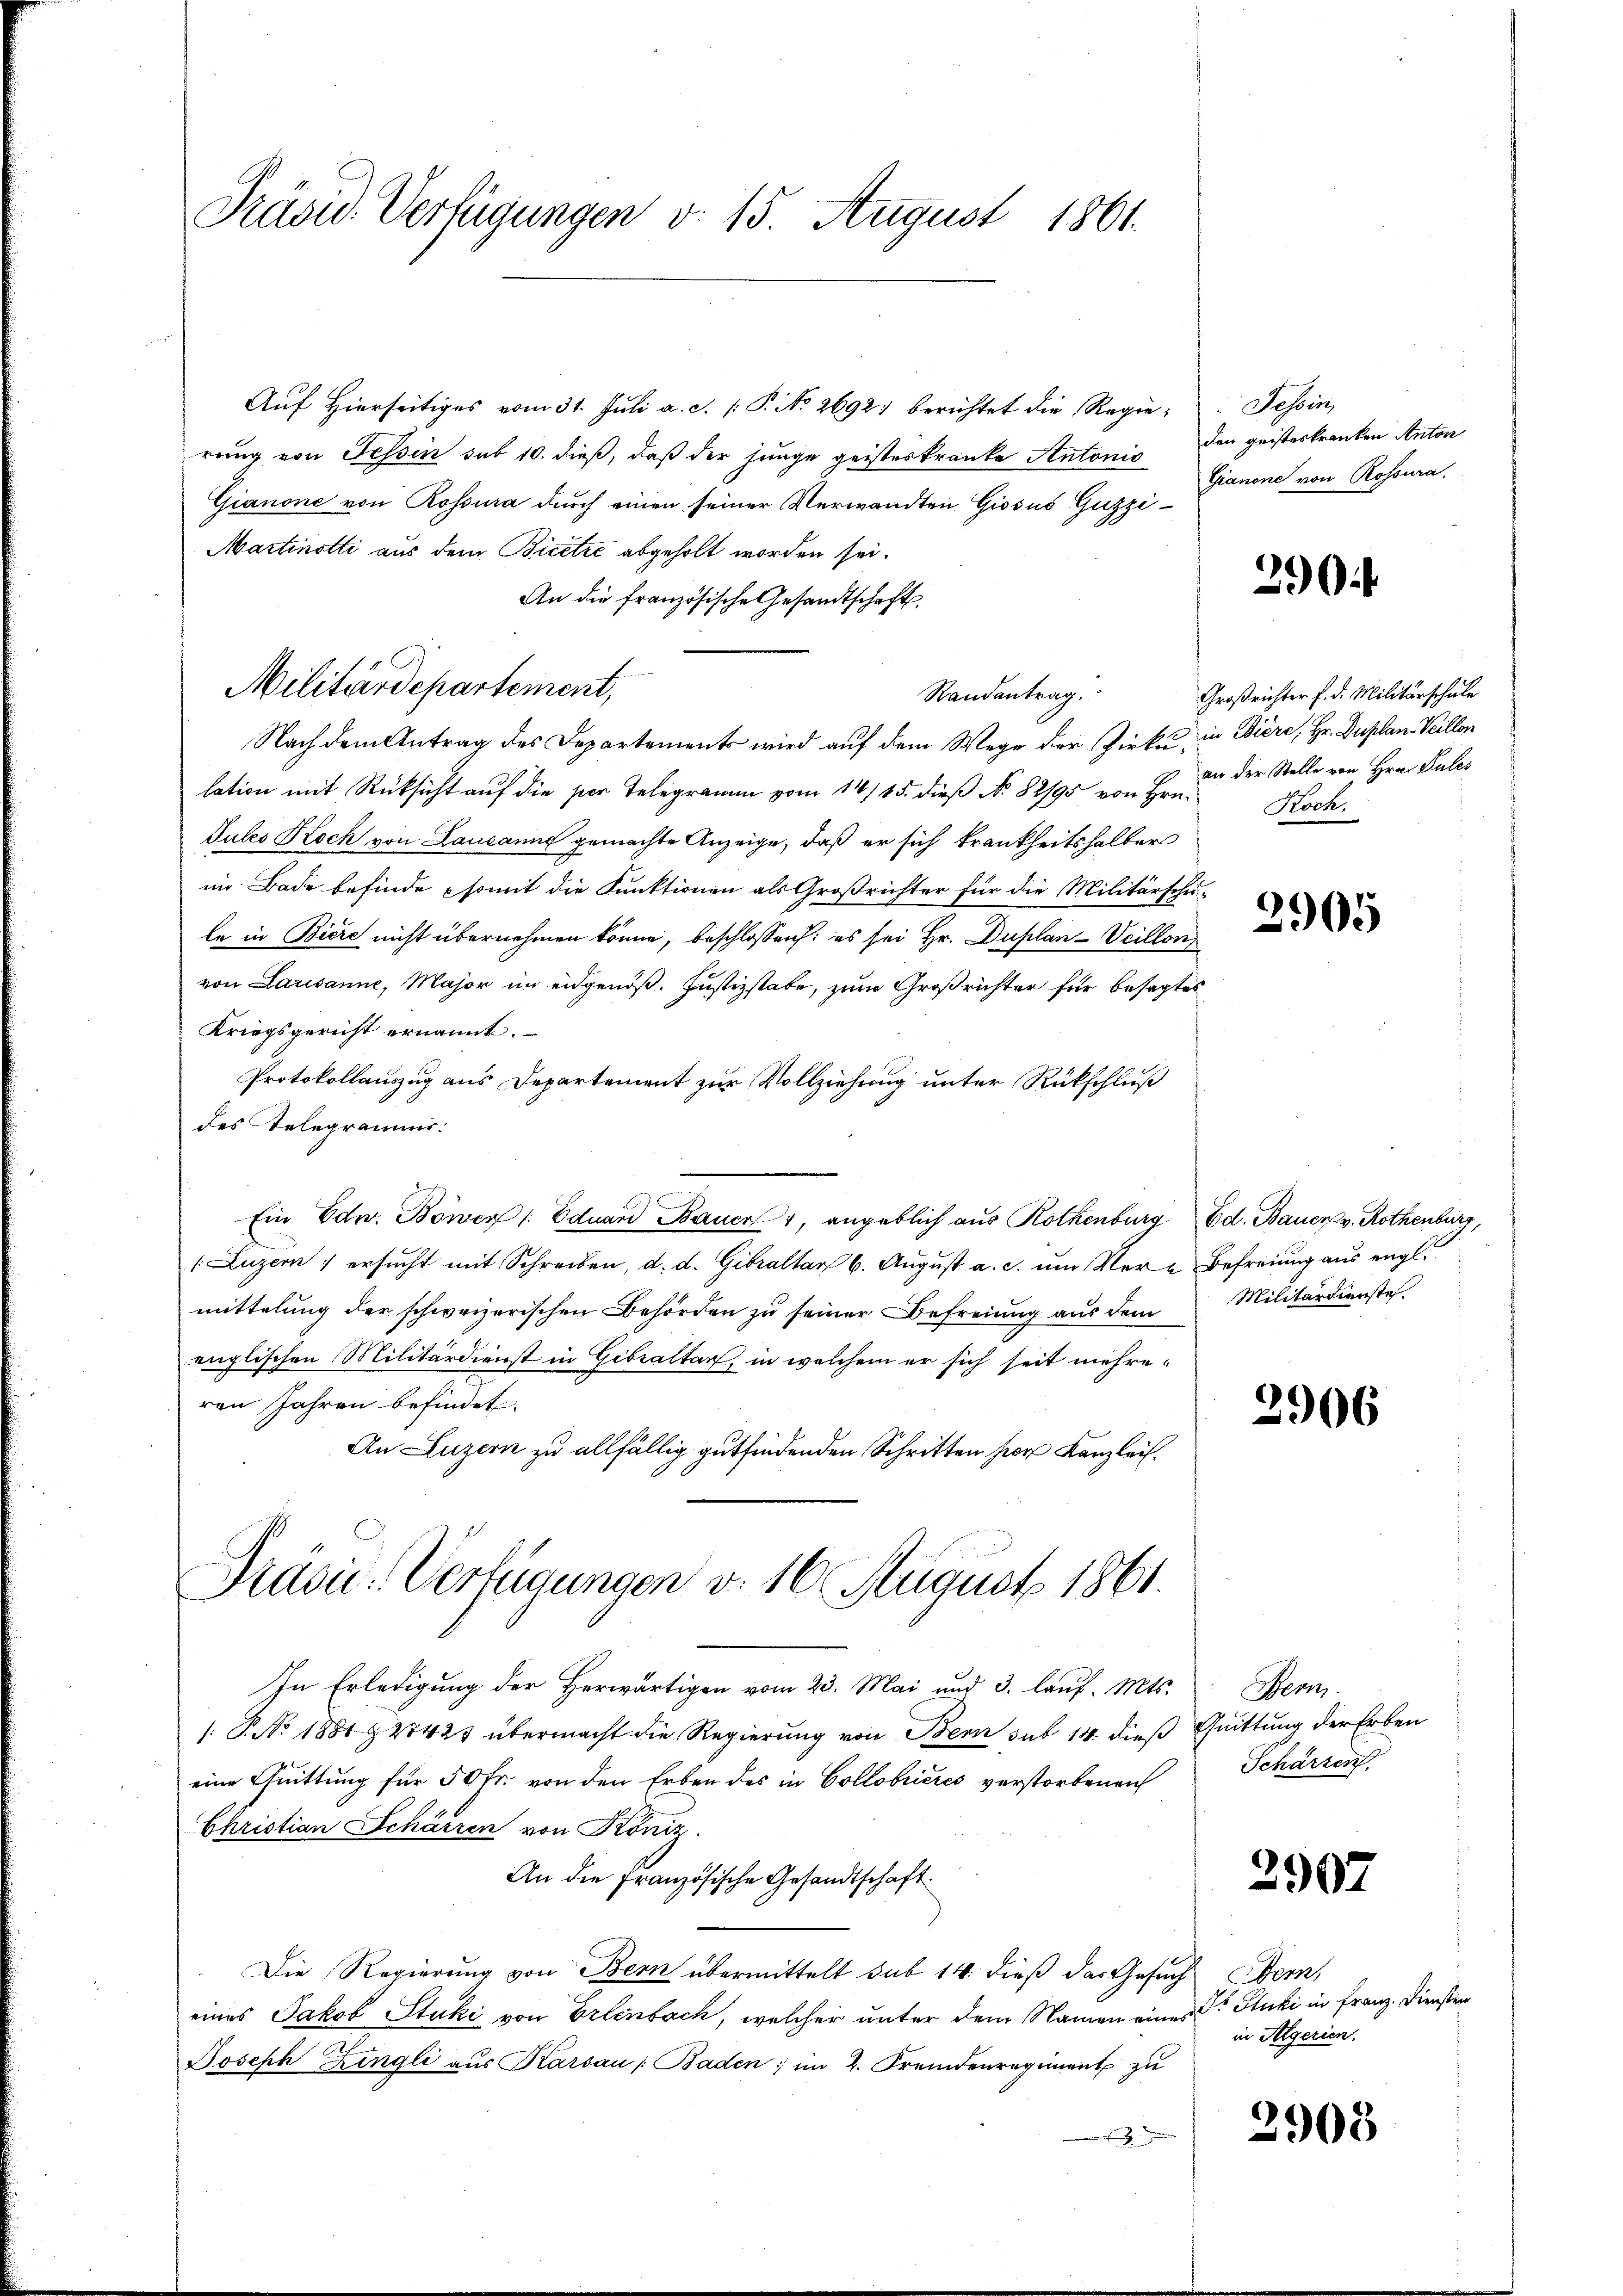
Präsid. Verfügungen v. 15. August 1861.

Auf Hierseitiges vom 31. Juli a. c. P. No. 2692) berichtet die Regierung von Tessin sub 10. dieß, daß der junge geisteskranke Antonis den geisteskranken Anton
Gianone von Rossura durch einen seiner Verwandten Giosus Guzzi¬
Martinotti aus dem Bicetze abgeholt worden sei.
An die französische Gesandtschaft
Randantrag
Nach dem Antrag des Departements wird auf dem Wege der Zirke, in Biere, Hr. Duplan Veillon
lation mit Rücksicht auf die per Telegramm vom 14/15. dieβ No. 82/95 von Hrn. Hochdules Koch von Lausanne gemachte Anzeige, daß er sich krankheitshalber
im Bade befinde somit die Funktionen als Großrichter für die Militärschu-
le in Biere nicht übernehmen könne, beschlossen: es sei Hr. Duplan-Vcillon
von Lausanne, Major im eidgenöß. Justizstabe, zum Großrichter für besagtes
Kriegsgericht ernannt.
Protokollauszug aus Departement zur Vollziehung unter Rückschluß
des Telegramms.
Ein Edw. Böwen /: Eduard Bauer, angeblich aus Rothenburg Ed. Bauer v. Rothenburg,
(Luzern ersucht mit Schreiben, d. d. Gibraltar 6. August a. c. um Ver- Befreiung aus engl.
mittelung der schweizerischen Behörden zu seiner Befreiung aus dem Militärdiensteh
englischen Militärdienst in Gebraltar, in welchem er sich seit mehreren Jahren befindet.
An Luzern zu allfällig gutfindenden Schritten herr Kanzlei.
Prävić-Verfügungen v. 16 August 1861.
In Erledigung der Herwärtigen vom 23. Mai und 3. lauf. Mts.
: P. No. 1881 & 27425 übermacht die Regierung von Bern sub 14 dieß Quittung der Erben
eine Quittung für 50 fr. von den Erben des in Collobrieres verstorbenen
Christian Schärren von Köniz
An die Französische Gesandtschaft.
Die Regierung von Bern übermittelt sub 14. dieß das Gesuch
eines Jakob Stuki von Erlenbach, welcher unter dem Namen eines Stucki in Franz. Diensten
.
Joseph Zingli aŭs Karsau / Baden; im 2. Fremdenregiment zŭ
E

Militärdepartement,

Tessin,
Gianone von Rossura.

290.

Großrichter f. d. Militärschule
an der Stelle von Hrn. Pules

2905

2906

Bern.
Schärzen.

2907

Men
in Algerien.

2905